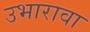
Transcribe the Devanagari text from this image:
उभारावा